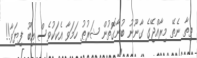
ތިތާ ނެތޭ މިރާއްޖޭގެ ގާނޫނު ބުނާގޮތުން ޝަރުޠު ހަމަވާ އެކަކުވެސް އިބޫ ފިޔަވާ!!